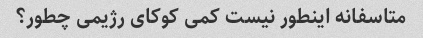
متاسفانه اینطور نیست کمی کوکای رژیمی چطور؟